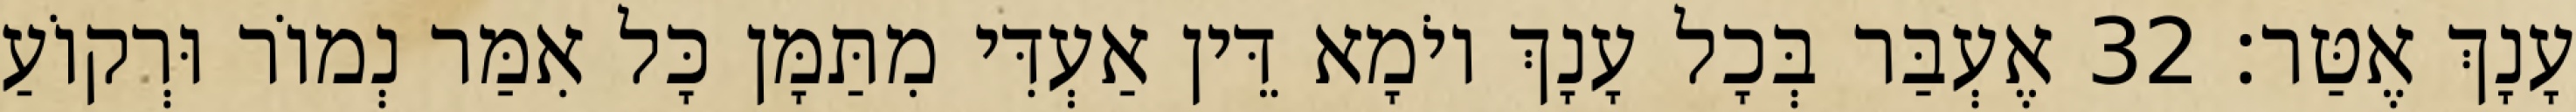
עָנָךְ אֶטַּר׃ 32 אֶעְבַּר בְּכָל עָנָךְ יוֹמָא דֵּין אַעְדִּי מִתַּמָּן כָּל אִמַּר נְמוֹר וּרְקוֹעַ